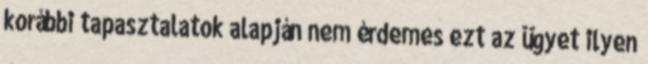
korábbi tapasztalatok alapján nem érdemes ezt az ügyet ilyen